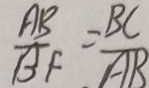
\frac { A B } { B F } = \frac { B C } { A B }